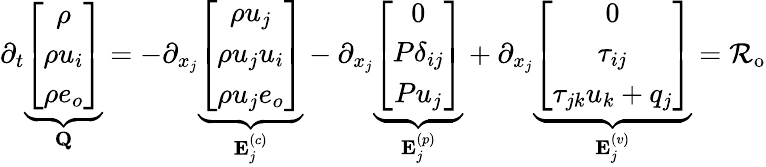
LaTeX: \begin{array}{r}{\partial_{t}\underbrace{\left[\begin{array}{c}{\rho}\\ {\rho u_{i}}\\ {\rho e_{o}}\end{array}\right]}_{\mathbf Q}=-\partial_{x_{j}}\underbrace{\left[\begin{array}{c}{\rho u_{j}}\\ {\rho u_{j}u_{i}}\\ {\rho u_{j}e_{o}}\end{array}\right]}_{{\mathbf E}_{j}^{(c)}}-\partial_{x_{j}}\underbrace{\left[\begin{array}{c}{0}\\ {P\delta_{ij}}\\ {Pu_{j}}\end{array}\right]}_{{\mathbf E}_{j}^{(p)}}+\partial_{x_{j}}\underbrace{\left[\begin{array}{c}{0}\\ {\tau_{ij}}\\ {\tau_{jk}u_{k}+q_{j}}\end{array}\right]}_{{\mathbf E}_{j}^{(v)}}=\mathcal{R}_{\mathrm{o}}}\end{array}